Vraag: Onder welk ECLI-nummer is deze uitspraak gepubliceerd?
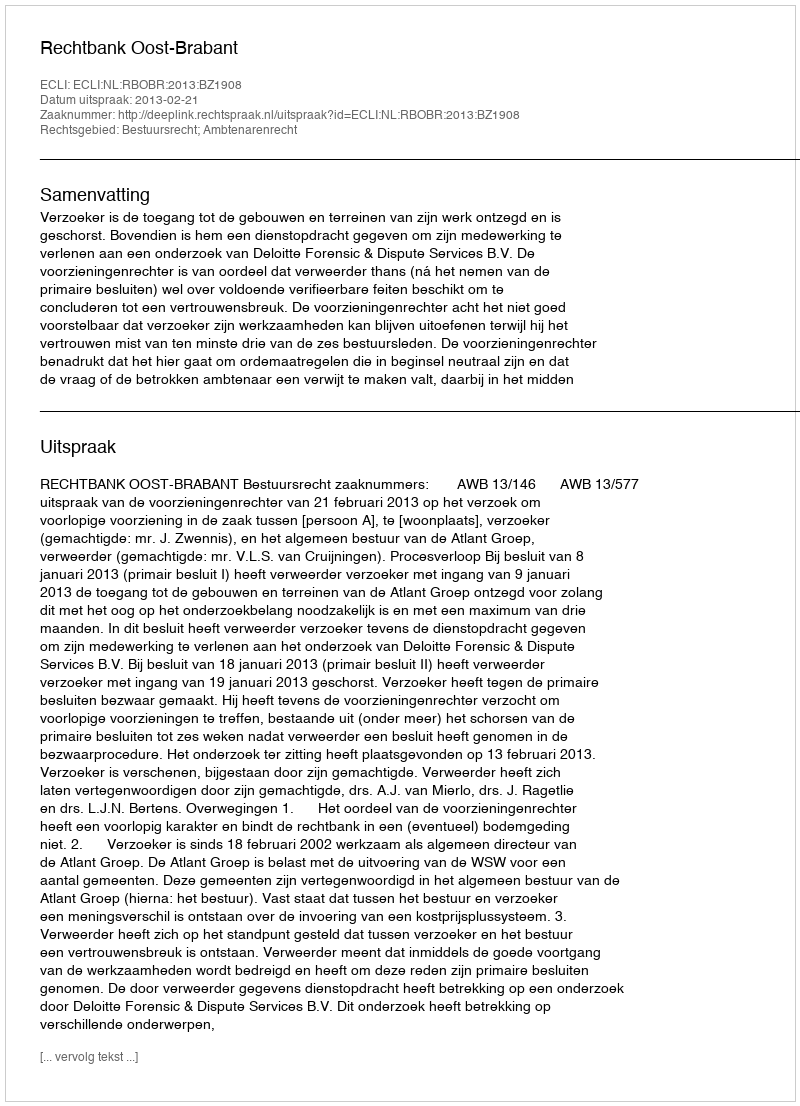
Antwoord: ECLI:NL:RBOBR:2013:BZ1908